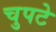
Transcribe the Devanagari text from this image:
चुपटे